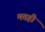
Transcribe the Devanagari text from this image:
मतही